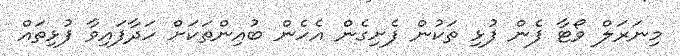
މިނަރަލް ވޯޓާ ފެން ފުޅި ތަކުން ފެށިގެން އެހެން ބުއިންތަކަށް ހަދާފައިވާ ފުޅިތައް